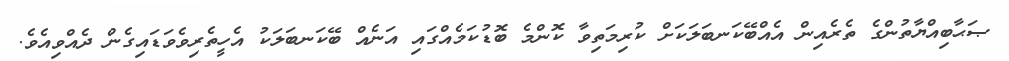
ޞަޙާބިއްޔާތުންގެ ތެރެއިން އެއްބޭކަނބަލަކަށް ކުރިމަތިވާ ކޮންމެ ބޮޑުކަމެއްގައި އަނެއް ބޭކަނބަލަކު އެހީތެރިވެވަޑައިގެން ދެއްވިއެވެ.